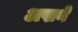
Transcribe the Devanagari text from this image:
अखने